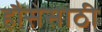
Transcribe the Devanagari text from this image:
हौसेसाठी